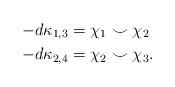
LaTeX: \begin{align*} -d \kappa_{1,3} & = \chi_1 \smile \chi_2 \\ -d\kappa_{2,4} & = \chi_2 \smile \chi_3.\end{align*}